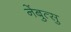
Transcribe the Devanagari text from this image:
नेंबुत्सु